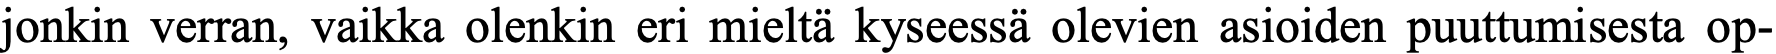
jonkin verran, vaikka olenkin eri mieltä kyseessä olevien asioiden puuttumisesta op-